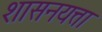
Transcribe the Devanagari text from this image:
शासनयत्ता